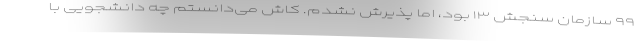
۹۹ سازمان سنجش ۱۳ بود، اما پذیرش نشدم. کاش می‌دانستم چه دانشجویی با